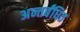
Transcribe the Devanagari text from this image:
अन्तर्बंधित